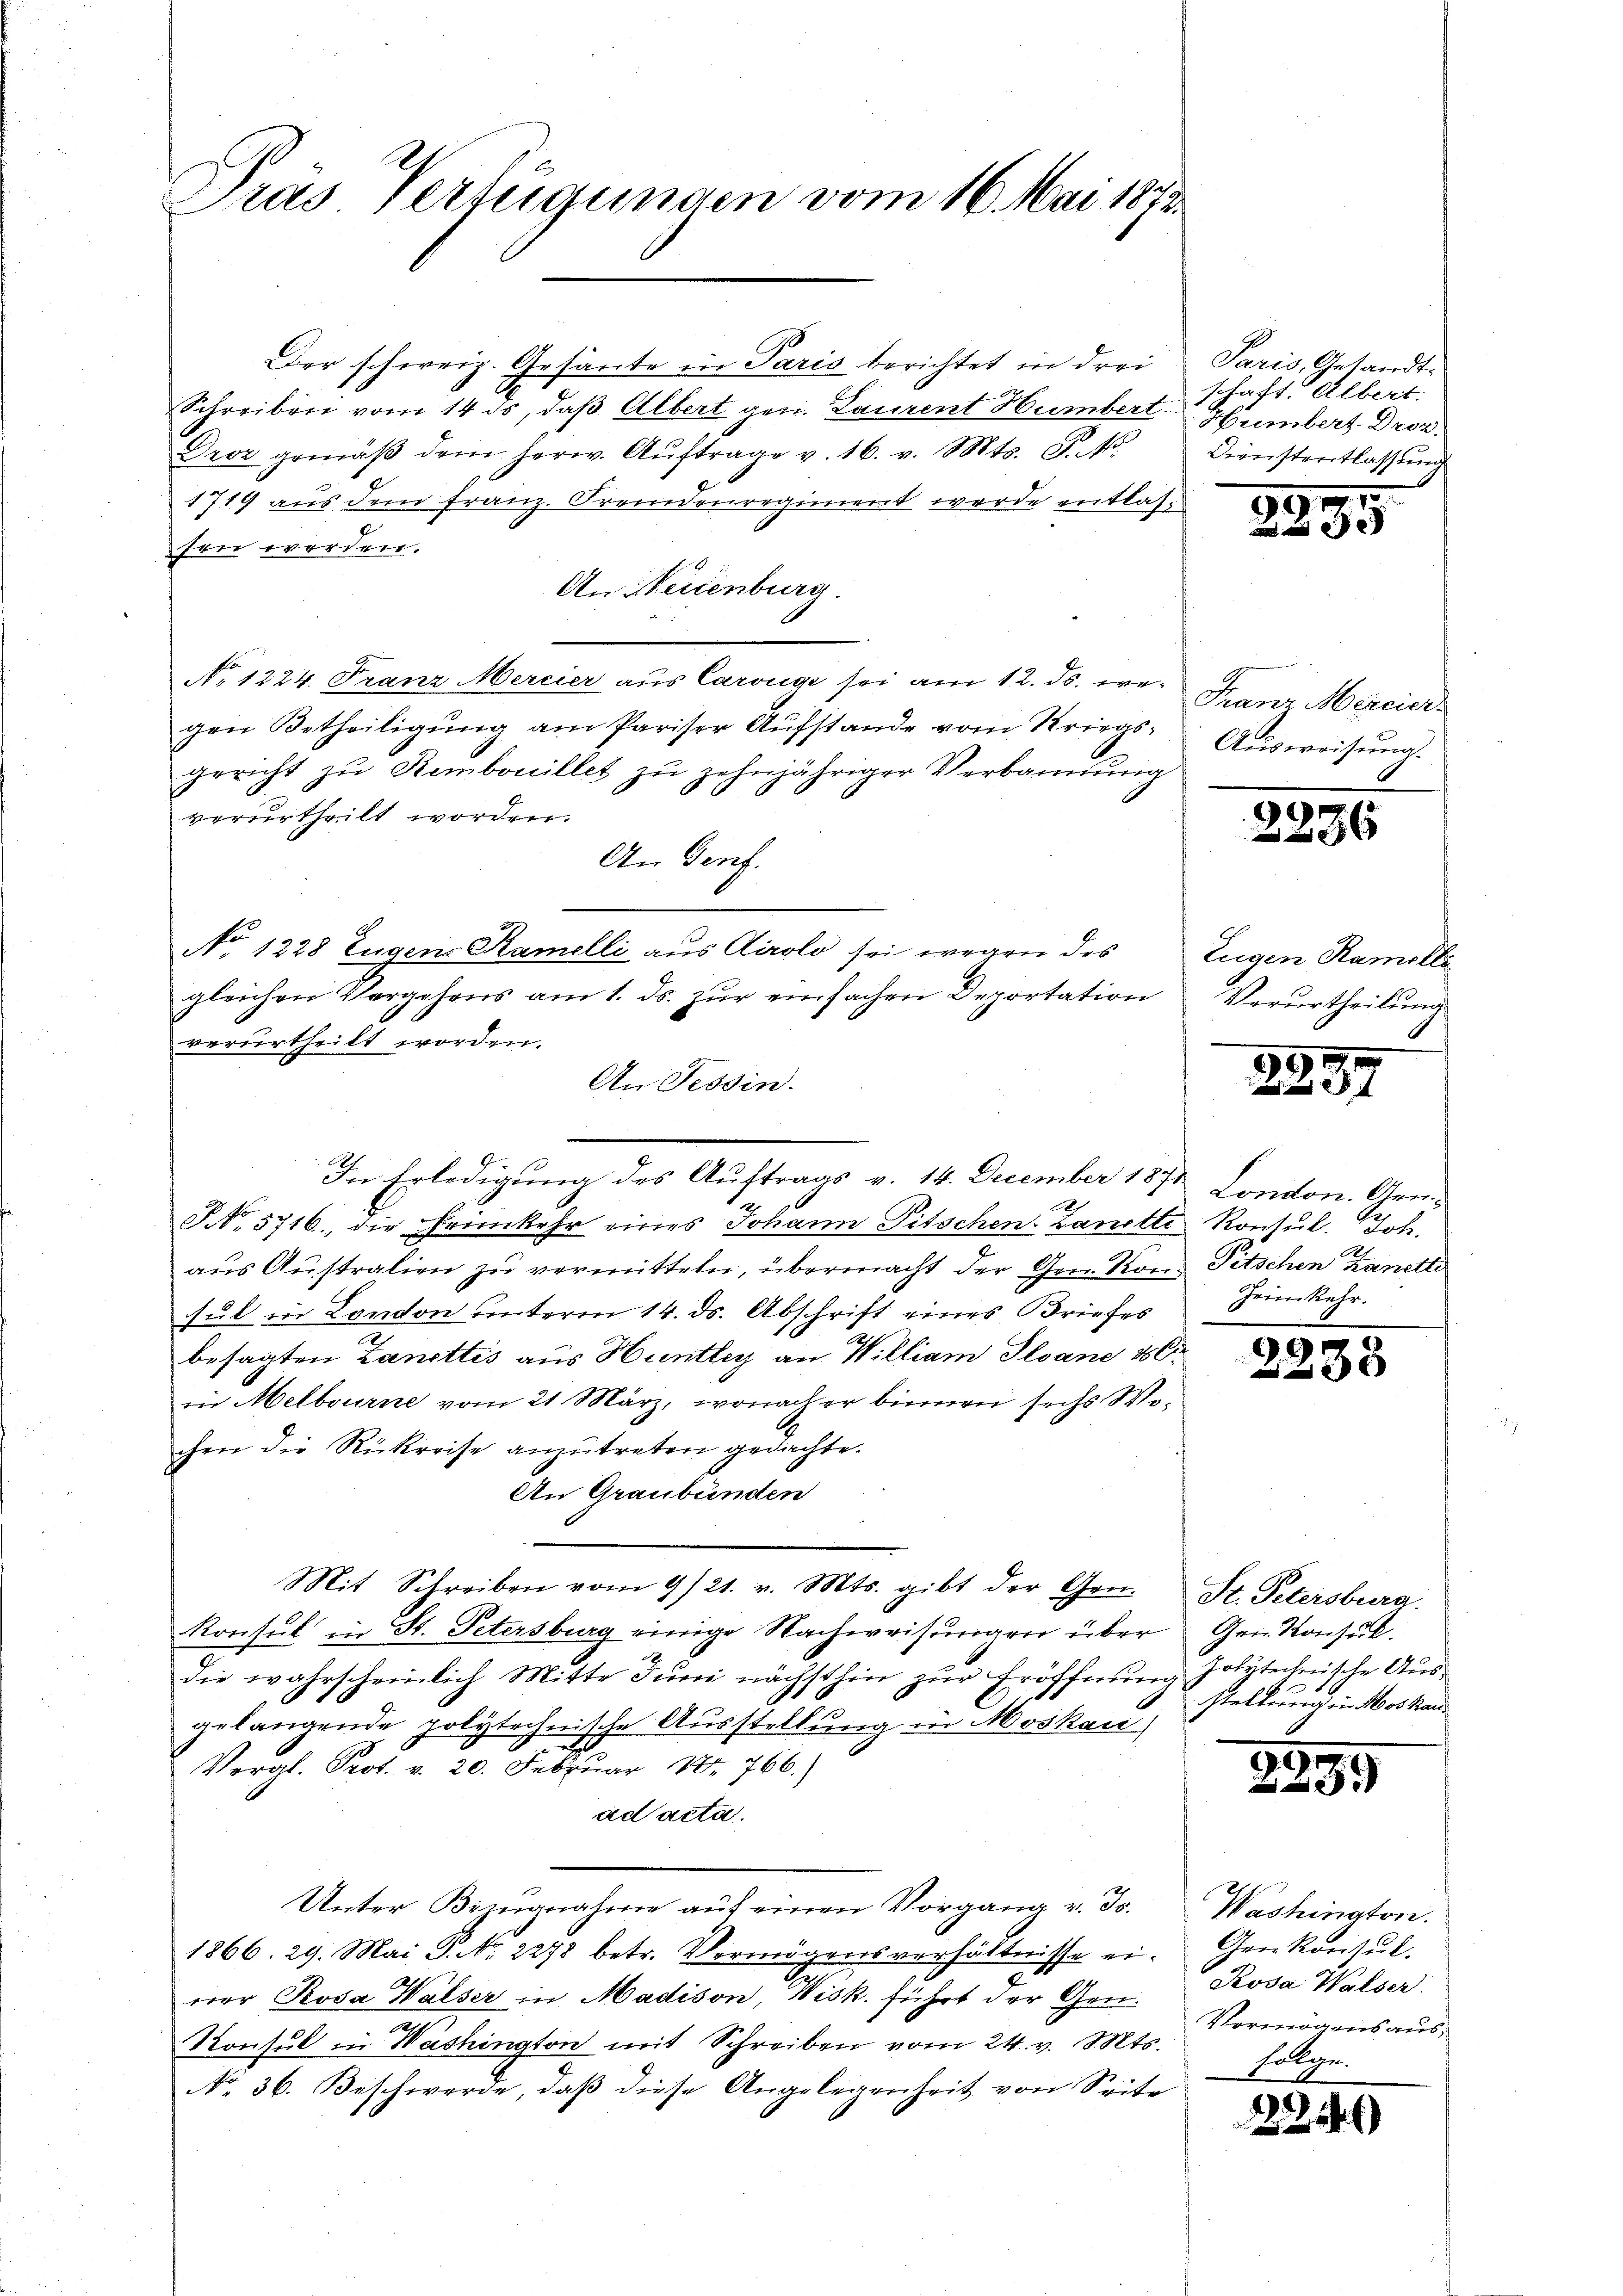
Pras Verfügungen vom 16. Mai 1873.

Der schweiz. Gesante in Paris berichtet in drei
Schreiben vom 14 ds, daß Albert gen. Laurent Humbert.
Droz gemäβ dem herw. Aŭftrage v. 16. v. Mts. S. Nr.
1719 aus dem franz. Fremdenregiment werde entlassen werden.
An Neuenburg.
No. 1224. Franz Mercier aus Carouge sei am 12. ds. we¬ Franz Merciergen Betheiligung am Pariser Aufstande vom Kriegsgericht zu Rembouillet zu zehnjähriger Verbannung
verurtheilt worden.
An Genf.
No 1228 Eugens Kamelli aus Airolo sei wegen des
gleichen Vergehens am 1. ds. zur einfachen Deportation
verurtheilt worden.
An Tessin.

2
NNo. 5716, die Frimkehr eines Johann Pitschen Lanette Konsul. Joh.
aus Australien zu vermitteln, übermacht der Gen. Kond Pitschen Kant
sul in London unterm 14. ds. Abschrift eines Briefes
besagten Zanettis aus Hunthey an William Plane 186
in Melbourne vom 21 März, wonach er binnen sechs Wochen die Rückreise anzutreten gedachte.
An Graubünden
Mit Schreiben vom 9/21. v. Mts. gibt der Gen.
Konsul in St. Petersburg einige Nachweisungen über
die wahrscheinlich Mitte Juni nächsthin zur Eröffnung folytechnische Ausgelangende polytechnische Ausstellung in Moskau
.
Vergl. Prot. v. 20. Februar 18. 766.
ad acta.
Unter Bezugnahme auf einen Vorgang v. Js.
1866. 29. Mai G. No. 2278 betr. Vermögensverhältnisse einer Rosa Walser in Madison, Wisk. führt der Gen.
Konsul in Washington mit Schreiben vom 24. v. Mts.
No 36. Beschwerde, daß diese Angelegenheit von Seite

In Erledigung des Auftrags v. 14. December 1871 London. Gen¬

Paris, Gesandte
schaft. Albert.
Hümbert-Droz.
Dienstentlassung

9915

Ausweisung.

2886

Eugen Ramelle
Verurtheilung

2257

A
Heimkehr.

2238

St. Petersburg.
Gei Konsuk.
stellung in Moskau

2899

Washington.
Aen Konsul
Rosa Walser
Vermögensausfolge.

2246)